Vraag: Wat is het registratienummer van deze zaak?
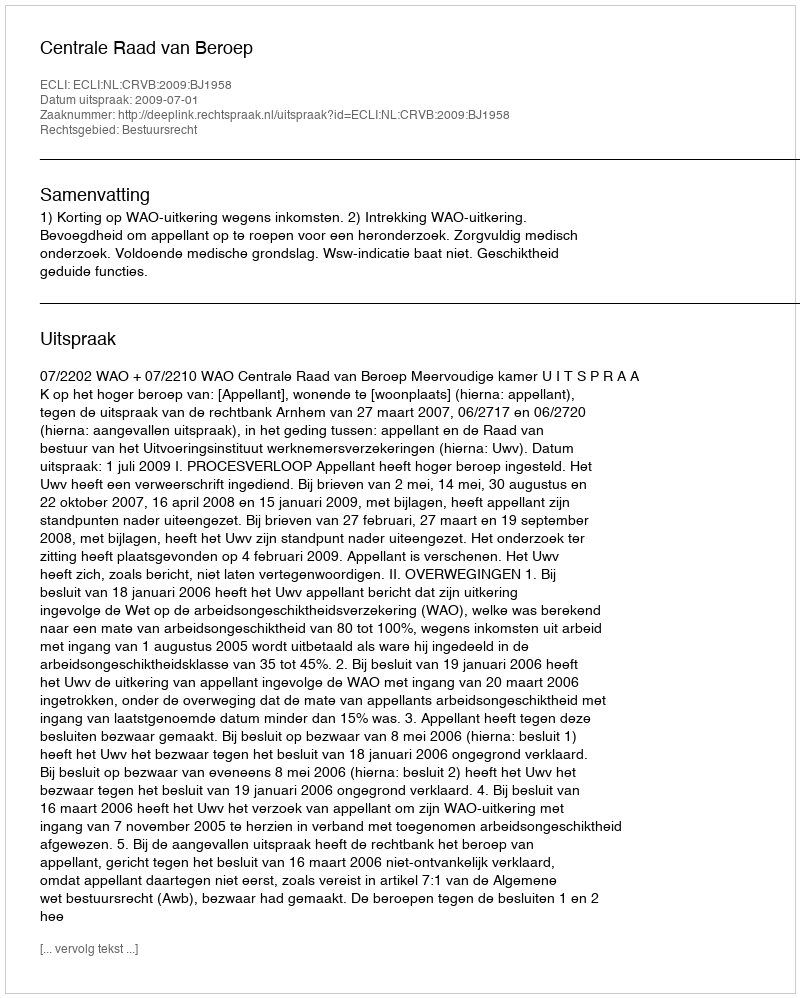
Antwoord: http://deeplink.rechtspraak.nl/uitspraak?id=ECLI:NL:CRVB:2009:BJ1958